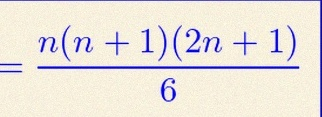
\sum_{i=1}^{n}i^2=\frac{n(n+1)(2n+1)}6